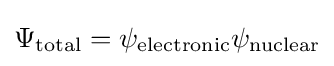
\Psi _{\mathrm {total} }=\psi _{\mathrm {electronic} }\psi _{\mathrm {nuclear} }